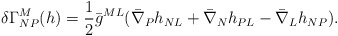
\begin{align*}\delta \Gamma^M_{NP} (h) = {1 \over 2} \bar g^{ML} ( \bar \nabla_P h_{NL} + \bar \nabla_N h_{PL} - \bar \nabla_L h_{NP} ).\end{align*}